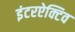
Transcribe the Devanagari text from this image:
इंटरऐक्टिव